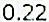
0.22